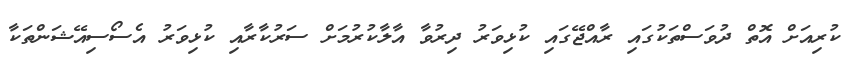
ކުރިއަށް އޮތް ދުވަސްތަކުގައި ރާއްޖޭގައި ކުޅިވަރު ދިރުވާ އާލާކުރުމަށް ސަރުކާރާއި ކުޅިވަރު އެސޯސިއޭޝަންތަކާ